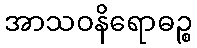
အာသဝနိရောဓဉ္စ